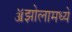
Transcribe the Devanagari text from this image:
ॲझोलामध्ये